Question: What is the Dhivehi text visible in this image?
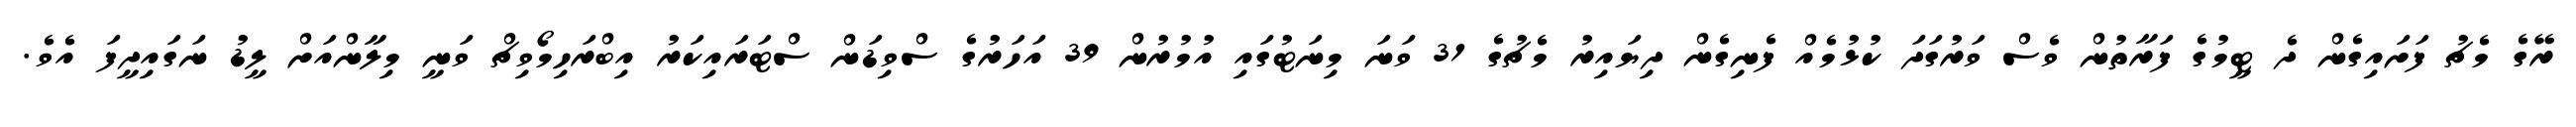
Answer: ރޭގެ މެޗު ފަށައިގެން ދެ ޓީމުގެ ފަރާތުން ވެސް ވަރުގަދަ ކުޅުމެއް ފެނިގެން ދިޔައިރު މެޗުގެ 31 ވަނަ މިނަޓުގައި އުމުރުން 39 އަހަރުގެ ސްވިޑަން ސްޓަރައިކަރު އިބްރަހިމޯވިޗް ވަނީ މިލާންއަށް ލީޑު ނަގައިދީފަ އެވެ.